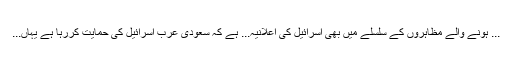
... ہونے والے مظاہروں کے سلسلے میں بھی اسرائیل کی اعلانیہ... ہے کہ سعودی عرب اسرائیل کی حمایت کررہا ہے یہاں...